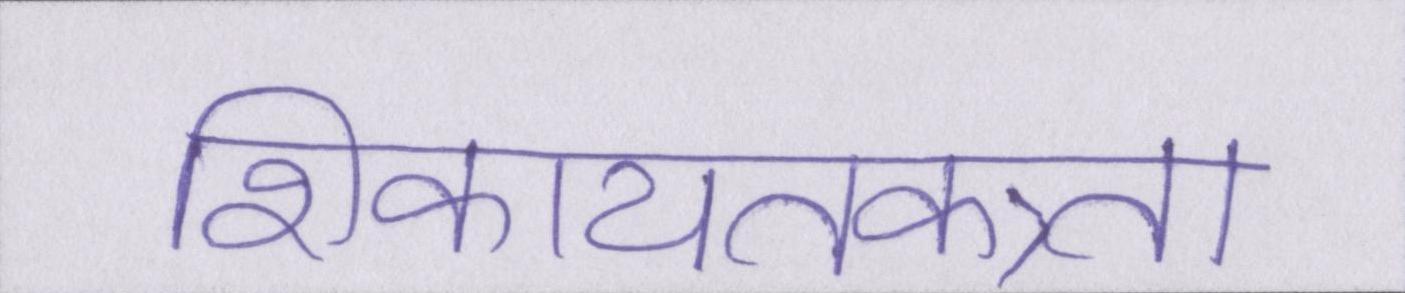
शिकायतकत्र्ता